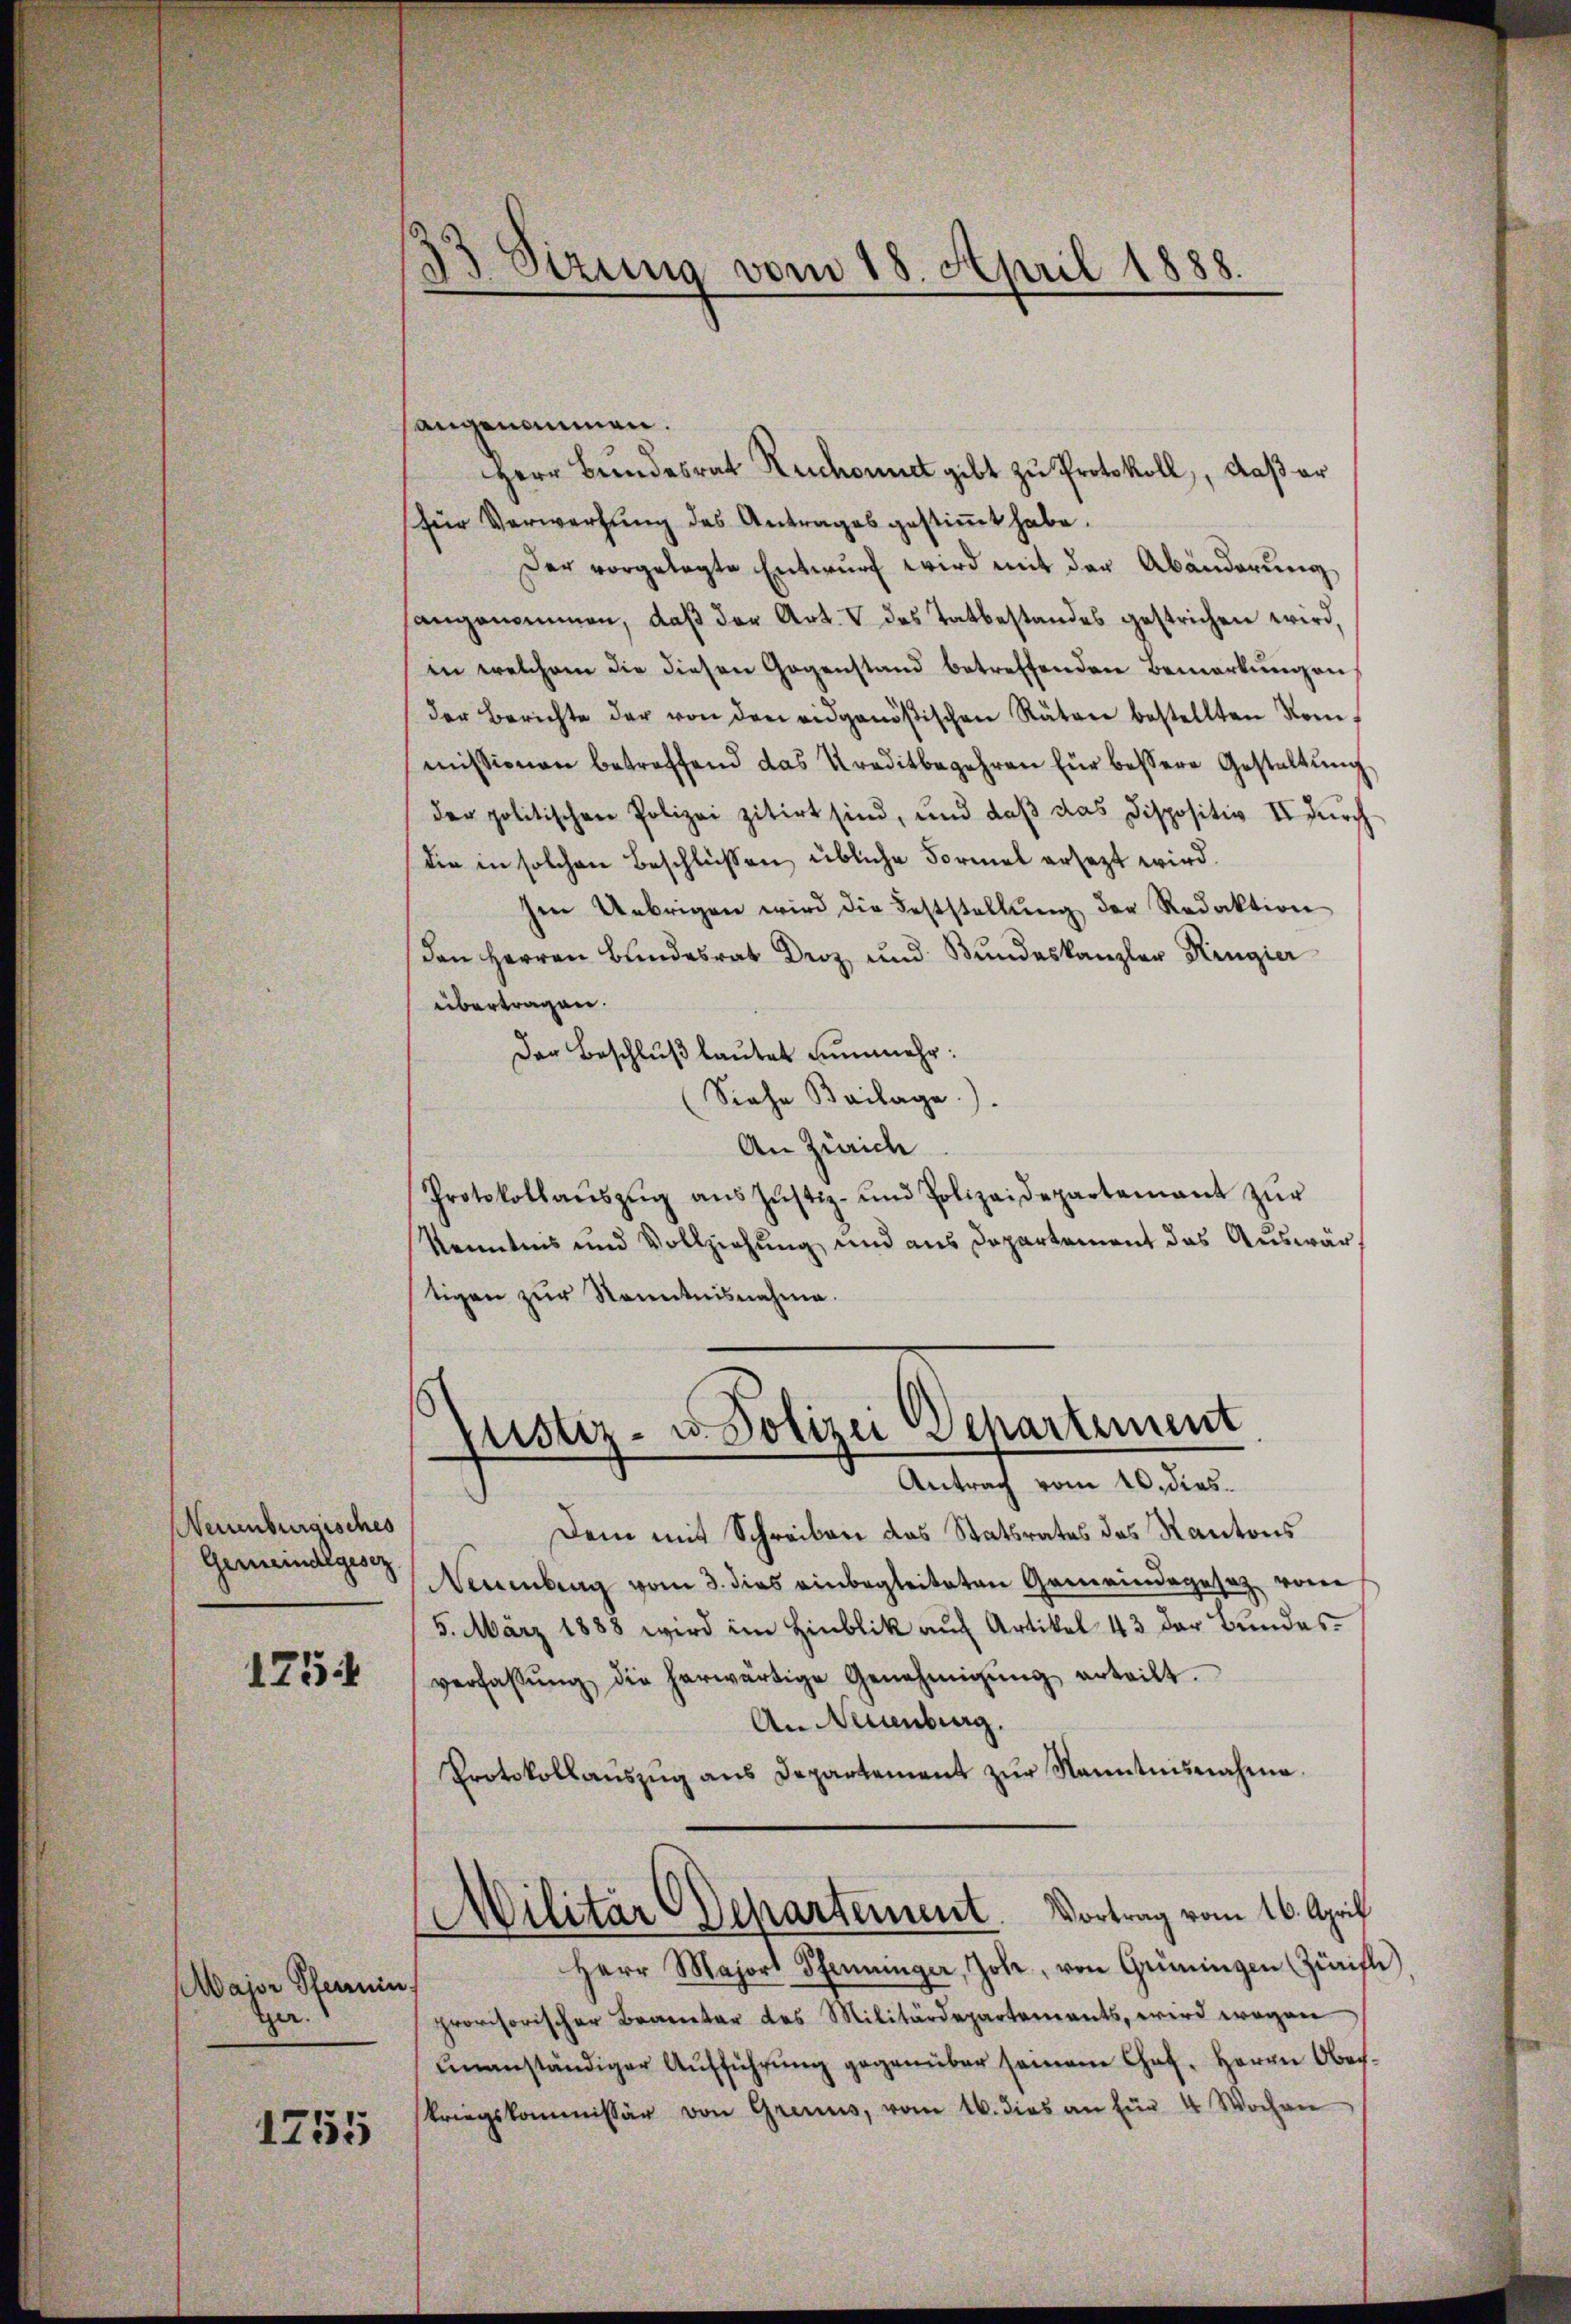
Neuenburgisches
Gemeindegesez

1754

Major Sternin
ger.

1755

angenommen.
Herr Bŭndesrat Ruchont gibt zŭ Protokoll, daß er
für Verwartŭng des Antrages gestiṁt habe.
Der vorgelegte Entwurf wird mit der Abänderung
angenommen, daß der Art. V des Tatbestandes gestrichen wird,
in welchem die diesen Gegenstand betreffenden Bemerkungen
der Berichte der von den eidgenößischen Räten bestellten Rei-
missionen betreffend das Kreditbegehren für bessere Gestaltŭng
der politischen Polizei zitirt sind, und daβ das Dispositiv II durch
die in solchen Beschlüssen übliche Formel ersezt wird.
Ien Uebrigen wird die Feststellŭng der Redaktion
den Herren Bŭndesrat Droz und Bundeskanzler Ringier
übertragen.
Der Beschlŭβ laŭtet nunmehr:
Siehe Beilage).
An Zürich
Protokollaŭszŭg ans Jŭstiz- und Polizeidepartement zŭr
Kenntnis und Vollziehung und aus Departement das Auswärtigen zŭr Kenntnisnahme.

33. Sizung
vom 18. April 1888.

.
lister- u. Polizei Behartement
Antrag vom 20. dies¬

Dem mit Schreiben das Statsrates des Kantons
Neuenburg vom 3. dies einbegleiteten Gemeindegesetz vom
5. März 1888 wird im Hinblik auf Artikel 43 der Bundesverfassŭng die herwärtige Genehmigŭng erteilt.
An Neuenburg.
Protokollaŭszŭg ans Departement zŭr Nanntnisnahme.
MMilitär CDepartement. Vortrag vom 16. April
Herr Majors Pfenninger, Johe, von Grüningen (Zürifli
provisorischer Branetar des Militärdepartements, wird wegen
unanständiger Aŭfführŭng gegenüber seinem Chat. Herrn Oberkriegskommissär von Grenus, vom 16. dies an für 4 Wochen